Vaccination in Bombay 1869-1873 - 1869-1873
Year: 1869
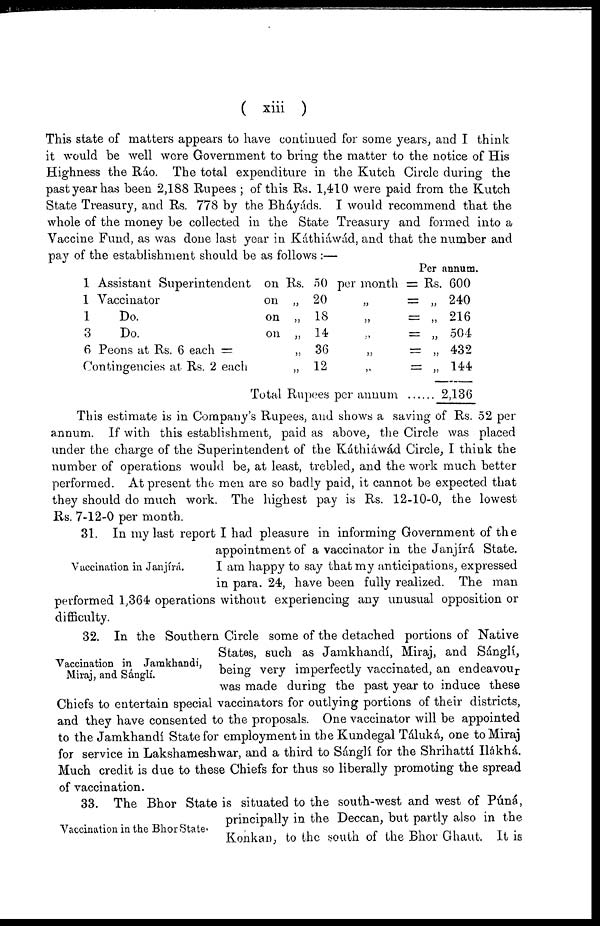
( xiii )
This state of matters appears to have continued for some years, and I think
it would be well were Government to bring the matter to the notice of His
Highness the Ráo. The total expenditure in the Kutch Circle during the
past year has been 2,188 Rupees ; of this Rs. 1,410 were paid from the Kutch
State Treasury, and Rs. 778 by the Bháyáds. I would recommend that the
whole of the money be collected in the State Treasury and formed into a
Vaccine Fund, as was done last year in Káthiáwád, and that the number and
pay of the establishment should be as follows :—
1 Assistant Superintendent on Rs. 50 per month
1 Vaccinator
on „ 20
„
=
1
Do.
on „ 18
„
=
3
Do.
on „ 14
„
=
6 Peons at Rs. 6 each =
„ 36
„
=
Contingencies at Rs. 2 each
„ 12
„
=
Total Rupees per annum ..
Per annum.
Rs. 600
„ 240
„ 216
„ 504
„ 432
„ 144
2,136
This estimate is in Company's Rupees, and shows a saving of Rs. 52 per
annum. If with this establishment, paid as above, the Circle was placed
under the charge of the Superintendent of the Káthiáwád Circle, I think the
number of operations would be, at least, trebled, and the work much better
performed. At present the men are so badly paid, it cannot be expected that
they should do much work. The highest pay is Rs. 12-10-0, the lowest
Rs. 7-12-0 per month.
Vaccination in Janjírá.
31. In my last report I had pleasure in informing Government of the
appointment of a vaccinator in the Janjíirá State.
I am happy to say that my anticipations, expressed
in para. 24, have been fully realized. The man
performed 1,364 operations without experiencing any unusual opposition or
difficulty.
Vaccination in Jamkhandi,
Miraj, and Sánglí.
32. In the Southern Circle some of the detached portions of Native
States, such as Jamkhandí, Miraj, and Sángli,
being very imperfectly vaccinated, an endeavour
was made during the past year to induce these
Chiefs to entertain special vaccinators for outlying portions of their districts,
and they have consented to the proposals. One vaccinator will be appointed
to the Jamkhandí State for employment in the Kundegal Táluká, one to Miraj
for service in Lakshameshwar, and a third to Sánglí for the Shrihattí Hákhá.
Much credit is due to these Chiefs for thus so liberally promoting the spread
of vaccination.
Vaccination in the Bhor State.
33. The Bhor State is situated to the south-west and west of Púná,
principally in the Deccan, but partly also in the
Konkan, to the south of the Bhor Ghaut. It is